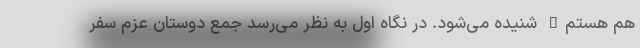
هم هستم" شنیده می‌شود. در نگاه اول به نظر می‌رسد جمع دوستان عزم سفر